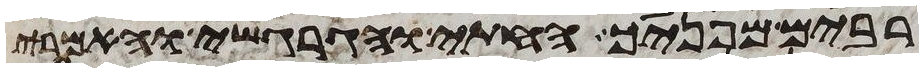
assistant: רבים מפניך החתי והגרגשי והאמרי